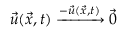
\Vec { u } ( \Vec { x } , t ) \xrightarrow { - \Vec { u } ( \Vec { x } , t ) } \vec { 0 }